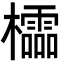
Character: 櫺